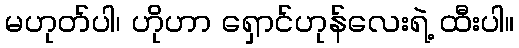
မဟုတ်ပါ၊ ဟိုဟာ ရှောင်ဟုန်လေးရဲ့ ထီးပါ။